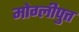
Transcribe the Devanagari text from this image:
मोग्लीपुत्त